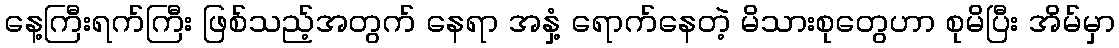
နေ့ကြီးရက်ကြီး ဖြစ်သည့်အတွက် နေရာ အနှံ့ ရောက်နေတဲ့ မိသားစုတွေဟာ စုမိပြီး အိမ်မှာ